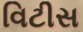
વિટીસ